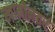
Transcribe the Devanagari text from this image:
स्वामीनंतर